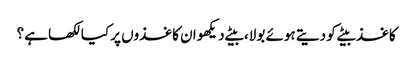
کاغذ بیٹے کو دیتے ہوئے بولا، بیٹے دیکھو ان کاغذوں پر کیا لکھا ہے؟